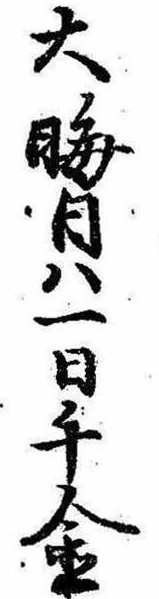
大晦日は一日千金